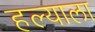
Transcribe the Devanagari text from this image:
हल्याला